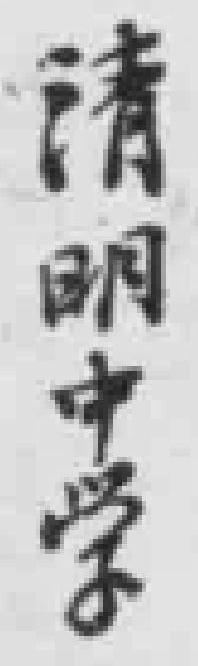
清明中学